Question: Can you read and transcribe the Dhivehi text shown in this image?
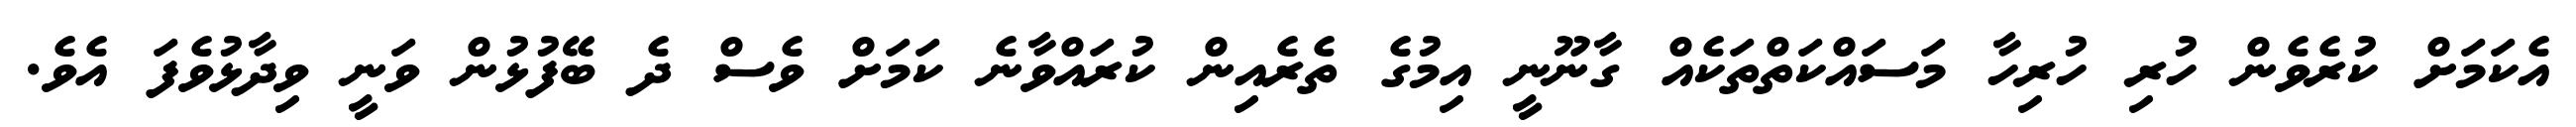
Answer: އެކަމަށް ކުރެވެން ހުރި ހުރިހާ މަސައްކަތްތަކެއް ގާނޫނީ އިމުގެ ތެރެއިން ކުރައްވާނެ ކަމަށް ވެސް ދެ ބޭފުޅުން ވަނީ ވިދާޅުވެފަ އެވެ.